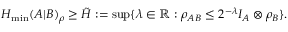
H _ { \operatorname* { m i n } } ( A | B ) _ { \rho } \geq \tilde { H } : = \operatorname* { s u p } \{ \lambda \in \mathbb { R } : \rho _ { A B } \leq 2 ^ { - \lambda } I _ { A } \otimes \rho _ { B } \} .